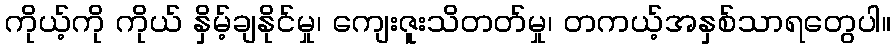
ကိုယ့်ကို ကိုယ် နှိမ့်ချနိုင်မှု၊ ကျေးဇူးသိတတ်မှု၊ တကယ့်အနှစ်သာရတွေပါ။